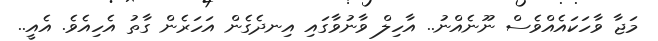
މަޖާ ވާހަކައެއްވެސް ނޫނެއްނު.. އާހިލް ވާނުވާގައި އިނދެގެން އަހަރެން ގާތު އެހިއެވެ. އެއީ..